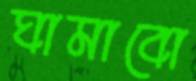
ঘামাবো